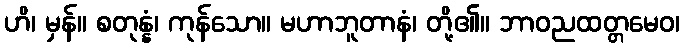
ဟိ၊ မှန်။ စတုန္နံ၊ ကုန်သော။ မဟာဘူတာနံ၊ တို့၏။ ဘာဝညထတ္တမေဝ၊